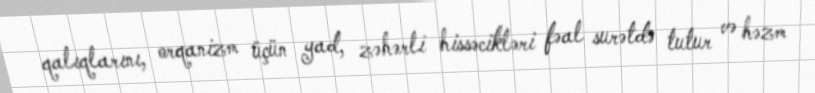
qalıqlarını, orqanizm üçün yad, zəhərli hissəcikləri fəal surətdə tutur və həzm